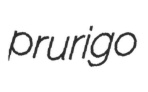
prurigo